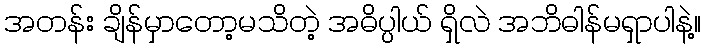
အတန်း ချိန်မှာတော့မသိတဲ့ အဓိပ္ပါယ် ရှိလဲ အဘိဓါန်မရှာပါနဲ့။